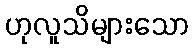
ဟုလူသိများသော